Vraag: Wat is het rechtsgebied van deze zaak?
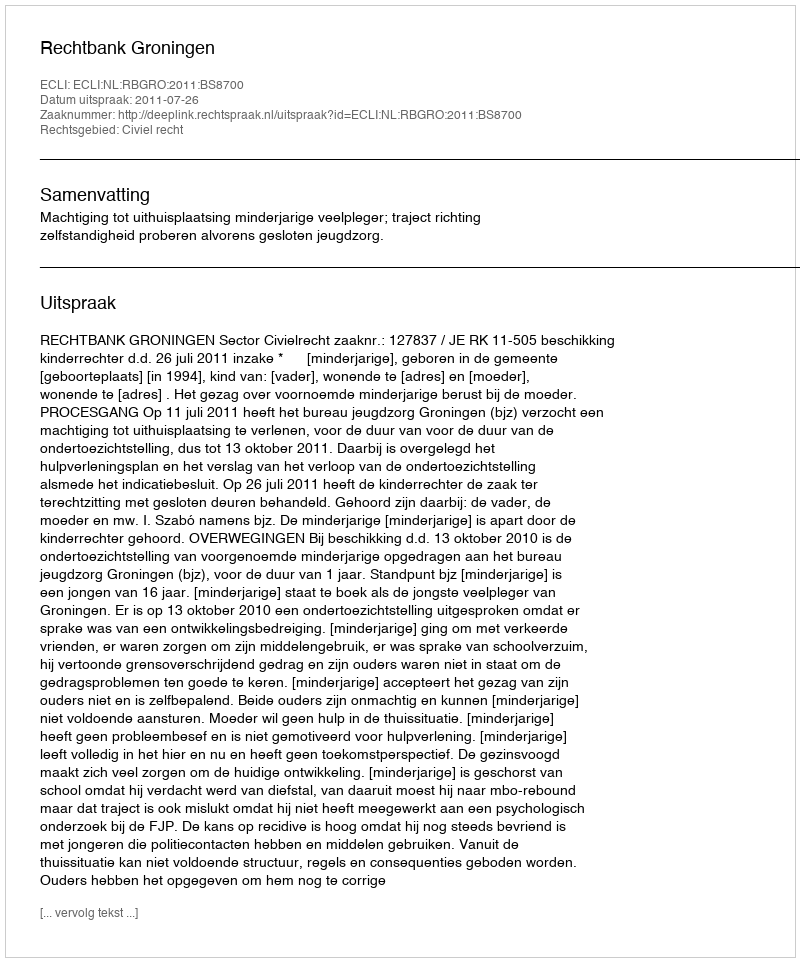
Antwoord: Civiel recht